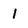
Character: 1